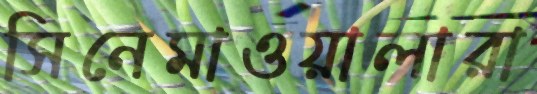
সিনেমাওয়ালারা